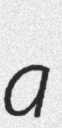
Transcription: a